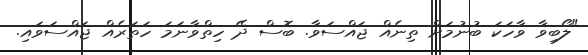
"ލޯބިވާ ވާހަކަ ބުނުމަށް ތިނެއް ޖައްސަވާ. ބޮސް ދޭ ހިތްވާނަމަ ހަތަރެއް ޖައްސަވައި.